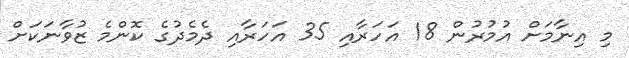
މި އިނާމަށް އުމުރުން 18 އަހަރާއި 35 އަހަރާއި ދެމެދުގެ ކޮންމެ ޒުވާނަކަށް